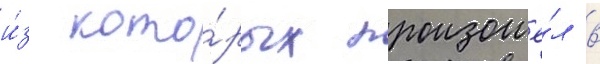
и́з кото́рых произошё́л в